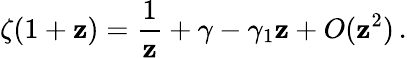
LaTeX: \zeta(1+\mathbf{z})={\frac{{1}}{{\mathbf{z}}}}+\gamma-\gamma_{1}\mathbf{z}+O(\mathbf{z}^{2})\, .